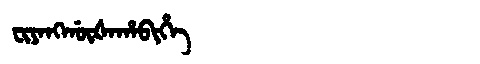
Manchu: ᠸᡳᠶᠠᠩᡤᡡᡧᠠᡥᠠᠪᡳᡥᡝ
Romanization: FIYANGGŪŠAHABIHE